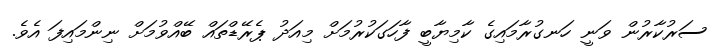
ސަރުކާރުން ވަނީ ހަނގުރާމައިގެ ކާމިޔާބީ ފާހަގަކުރުމަށް މިއަދު ޕެރޭޑްތައް ބޭއްވުމަށް ނިންމައިފަ އެވެ.